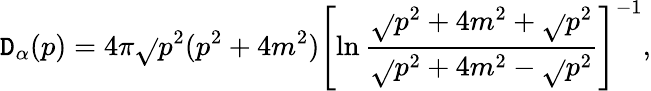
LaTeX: \mathtt{D}_{\alpha}(p)=4\pi\sqrt{}{{p^{2}(p^{2}+4m^{2})}}\left[\ln\frac{{\sqrt{}{{p^{2}+4m^{2}}}+\sqrt{}{{p^{2}}}}}{{\sqrt{}{{p^{2}+4m^{2}}}-\sqrt{}{{p^{2}}}}}\right]^{-1},